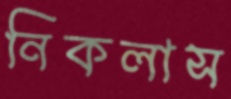
নিকলাস